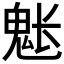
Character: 𩲒